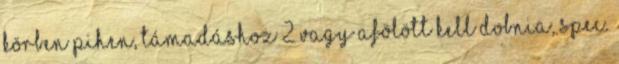
körben pihen, támadáshoz 2 vagy afölött kell dobnia, spec.